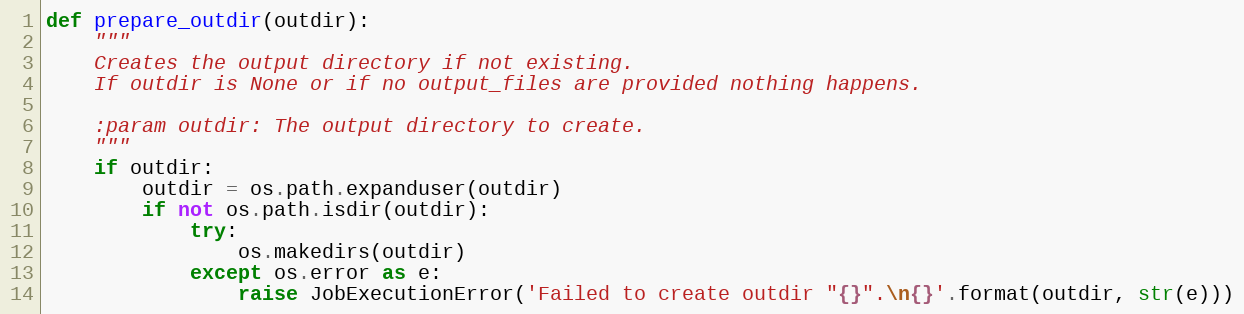
Language: Python
def prepare_outdir(outdir):
    """
    Creates the output directory if not existing.
    If outdir is None or if no output_files are provided nothing happens.

    :param outdir: The output directory to create.
    """
    if outdir:
        outdir = os.path.expanduser(outdir)
        if not os.path.isdir(outdir):
            try:
                os.makedirs(outdir)
            except os.error as e:
                raise JobExecutionError('Failed to create outdir "{}".\n{}'.format(outdir, str(e)))